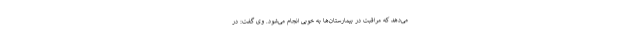
می‌دهد که مراقبت در بیمارستان‌ها به خوبی انجام می‌شود. وی گفت: در